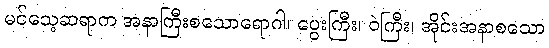
မင်သေ့ဆရာက အနာကြီးစသောရောဂါ၊ ပွေးကြီး၊ ဝဲကြီး၊ အိုင်းအနာစသော